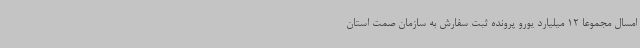
امسال مجموعا 12 میلیارد یورو پرونده ثبت سفارش به سازمان صمت استان